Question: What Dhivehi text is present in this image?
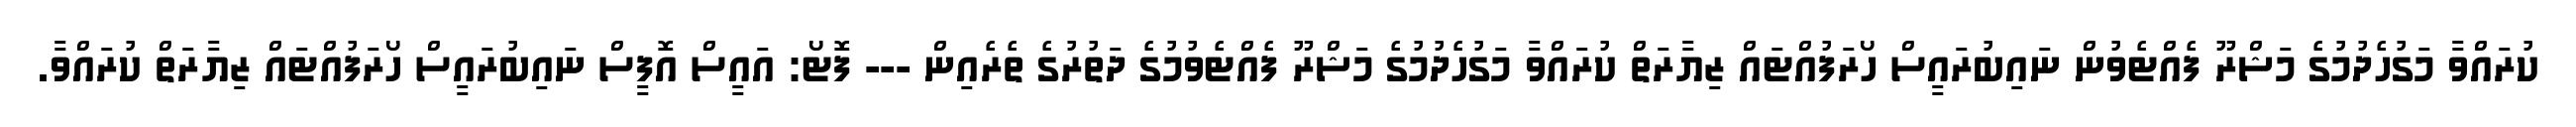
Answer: ކުރައްވާ މަގުހެދުމުގެ މަޝްރޫ ފެއްޓެވުން ނައިބުރައީސް ހޯރަފުއްޓައް ޒިޔާރަތް ކުރައްވާ މަގުހެދުމުގެ މަޝްރޫ ފެއްޓެވުމުގެ ދަތުރުގެ ތެރެއިން --- ފޮޓޯ: އައީސް އޮފީސް ނައިބުރައީސް ހޯރަފުއްޓައް ޒިޔާރަތް ކުރައްވާ.